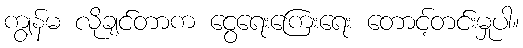
ကျွန်မ လိုချင်တာက ငွေရေးကြေးရေး တောင့်တင်းမှုပါ။